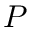
P